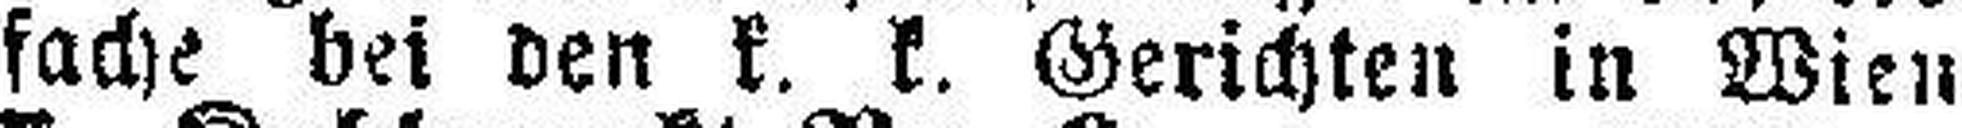
fache bei den k. k. Gerichten in Wien